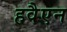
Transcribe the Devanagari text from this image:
हवैएन